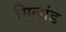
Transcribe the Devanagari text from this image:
मिलांड